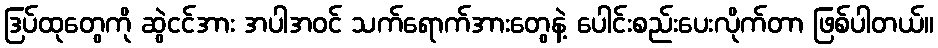
ဒြပ်ထုတွေကို ဆွဲငင်အား အပါအဝင် သက်ရောက်အားတွေနဲ့ ပေါင်းစည်းပေးလိုက်တာ ဖြစ်ပါတယ်။